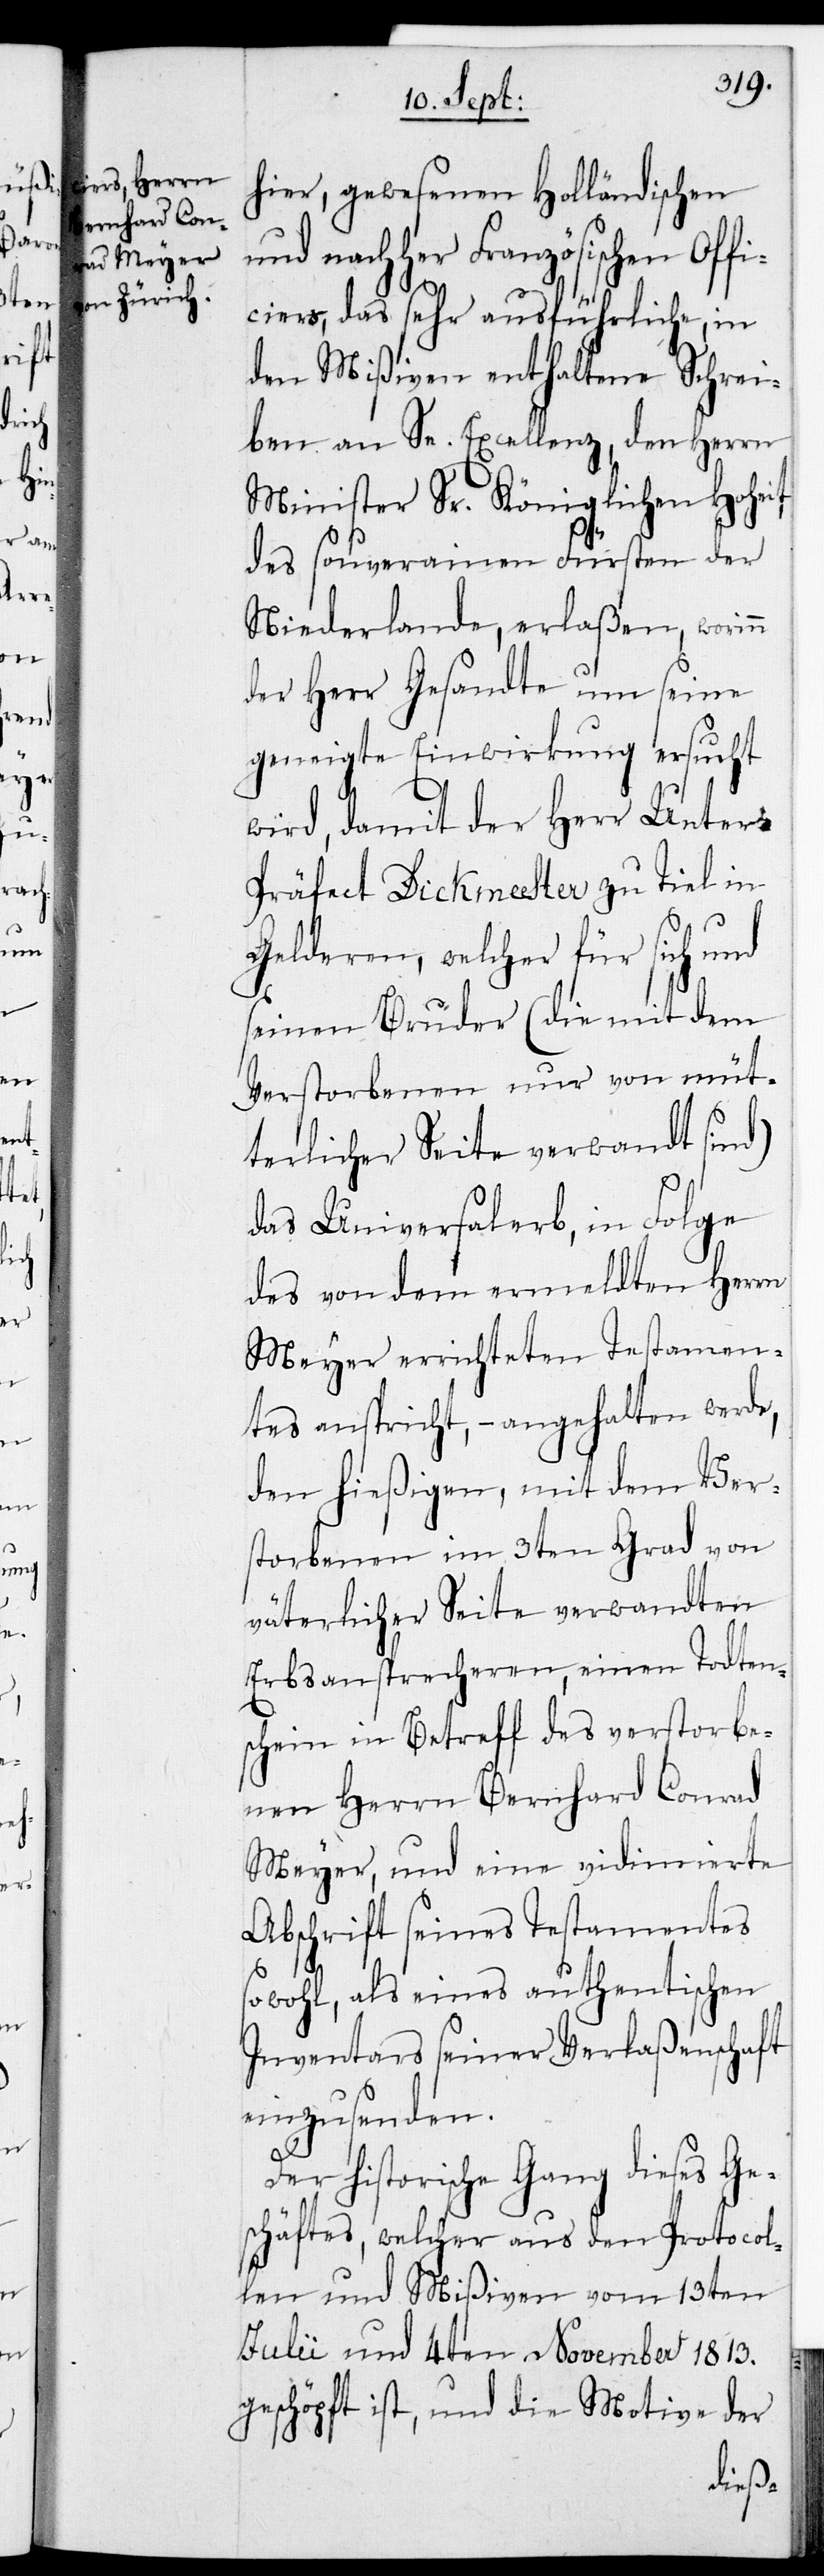
eit

hier, gewesenen Holländischen
und nachher Französischen Offi¬
ciers, das sehr ausführliche, in
den Mißiven enthaltene Schrei¬
ben an Se. Excellenz, den Herrn
Minister Sr. Königlichen Hoh¬
des souverainen Fürsten der
Niederlande, erlaßen, worinn
der Herr Gesandte um seine
geneigte Einwirkung ersucht
wird, damit der Herr Unter-P¬
räfect Dickmeester zu Tiel in
Gelderen, welcher für sich und
seinen Bruder (die mit dem
Verstorbenen nur von müt¬
terlicher Seite verwandt sind)
das Universalerb, in Folge
des von dem ermeldten Herrn
Meyer errichteten Testamen¬
tes anspricht, – angehalten werde,
den hießigen, mit dem Ver¬
storbenen im 3ten Grad von
väterlicher Seite verwandten
Erbsansprecheren, einen Todten¬
schein in Betreff des verstorbe¬
nen Herrn Bernhard Conrad
Meyer, und eine vidimierte
Abschrift seines Testamentes
sowohl, als eines authentischen
Inventars seiner Verlaßenschaft
einzusenden.
Der historische Gang dieses Ge¬
schäftes, welcher aus den Protocol¬
len und Mißiven vom 13ten
Julii und 4ten November 1813.
geschöpft ist, und die Motive der